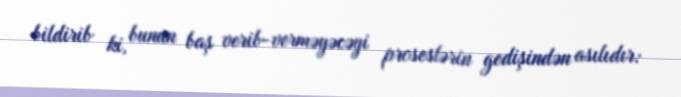
bildirib ki, bunun baş verib-verməyəcəyi proseslərin gedişindən asılıdır: